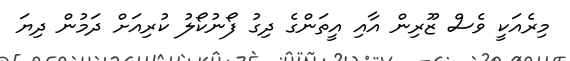
މިރެއަކީ ވެސް ޒޫރިން އާއި އީތަންގެ ދިގު ފޯނުކޯލު ކުރިއަށް ދަމުން ދިޔަ